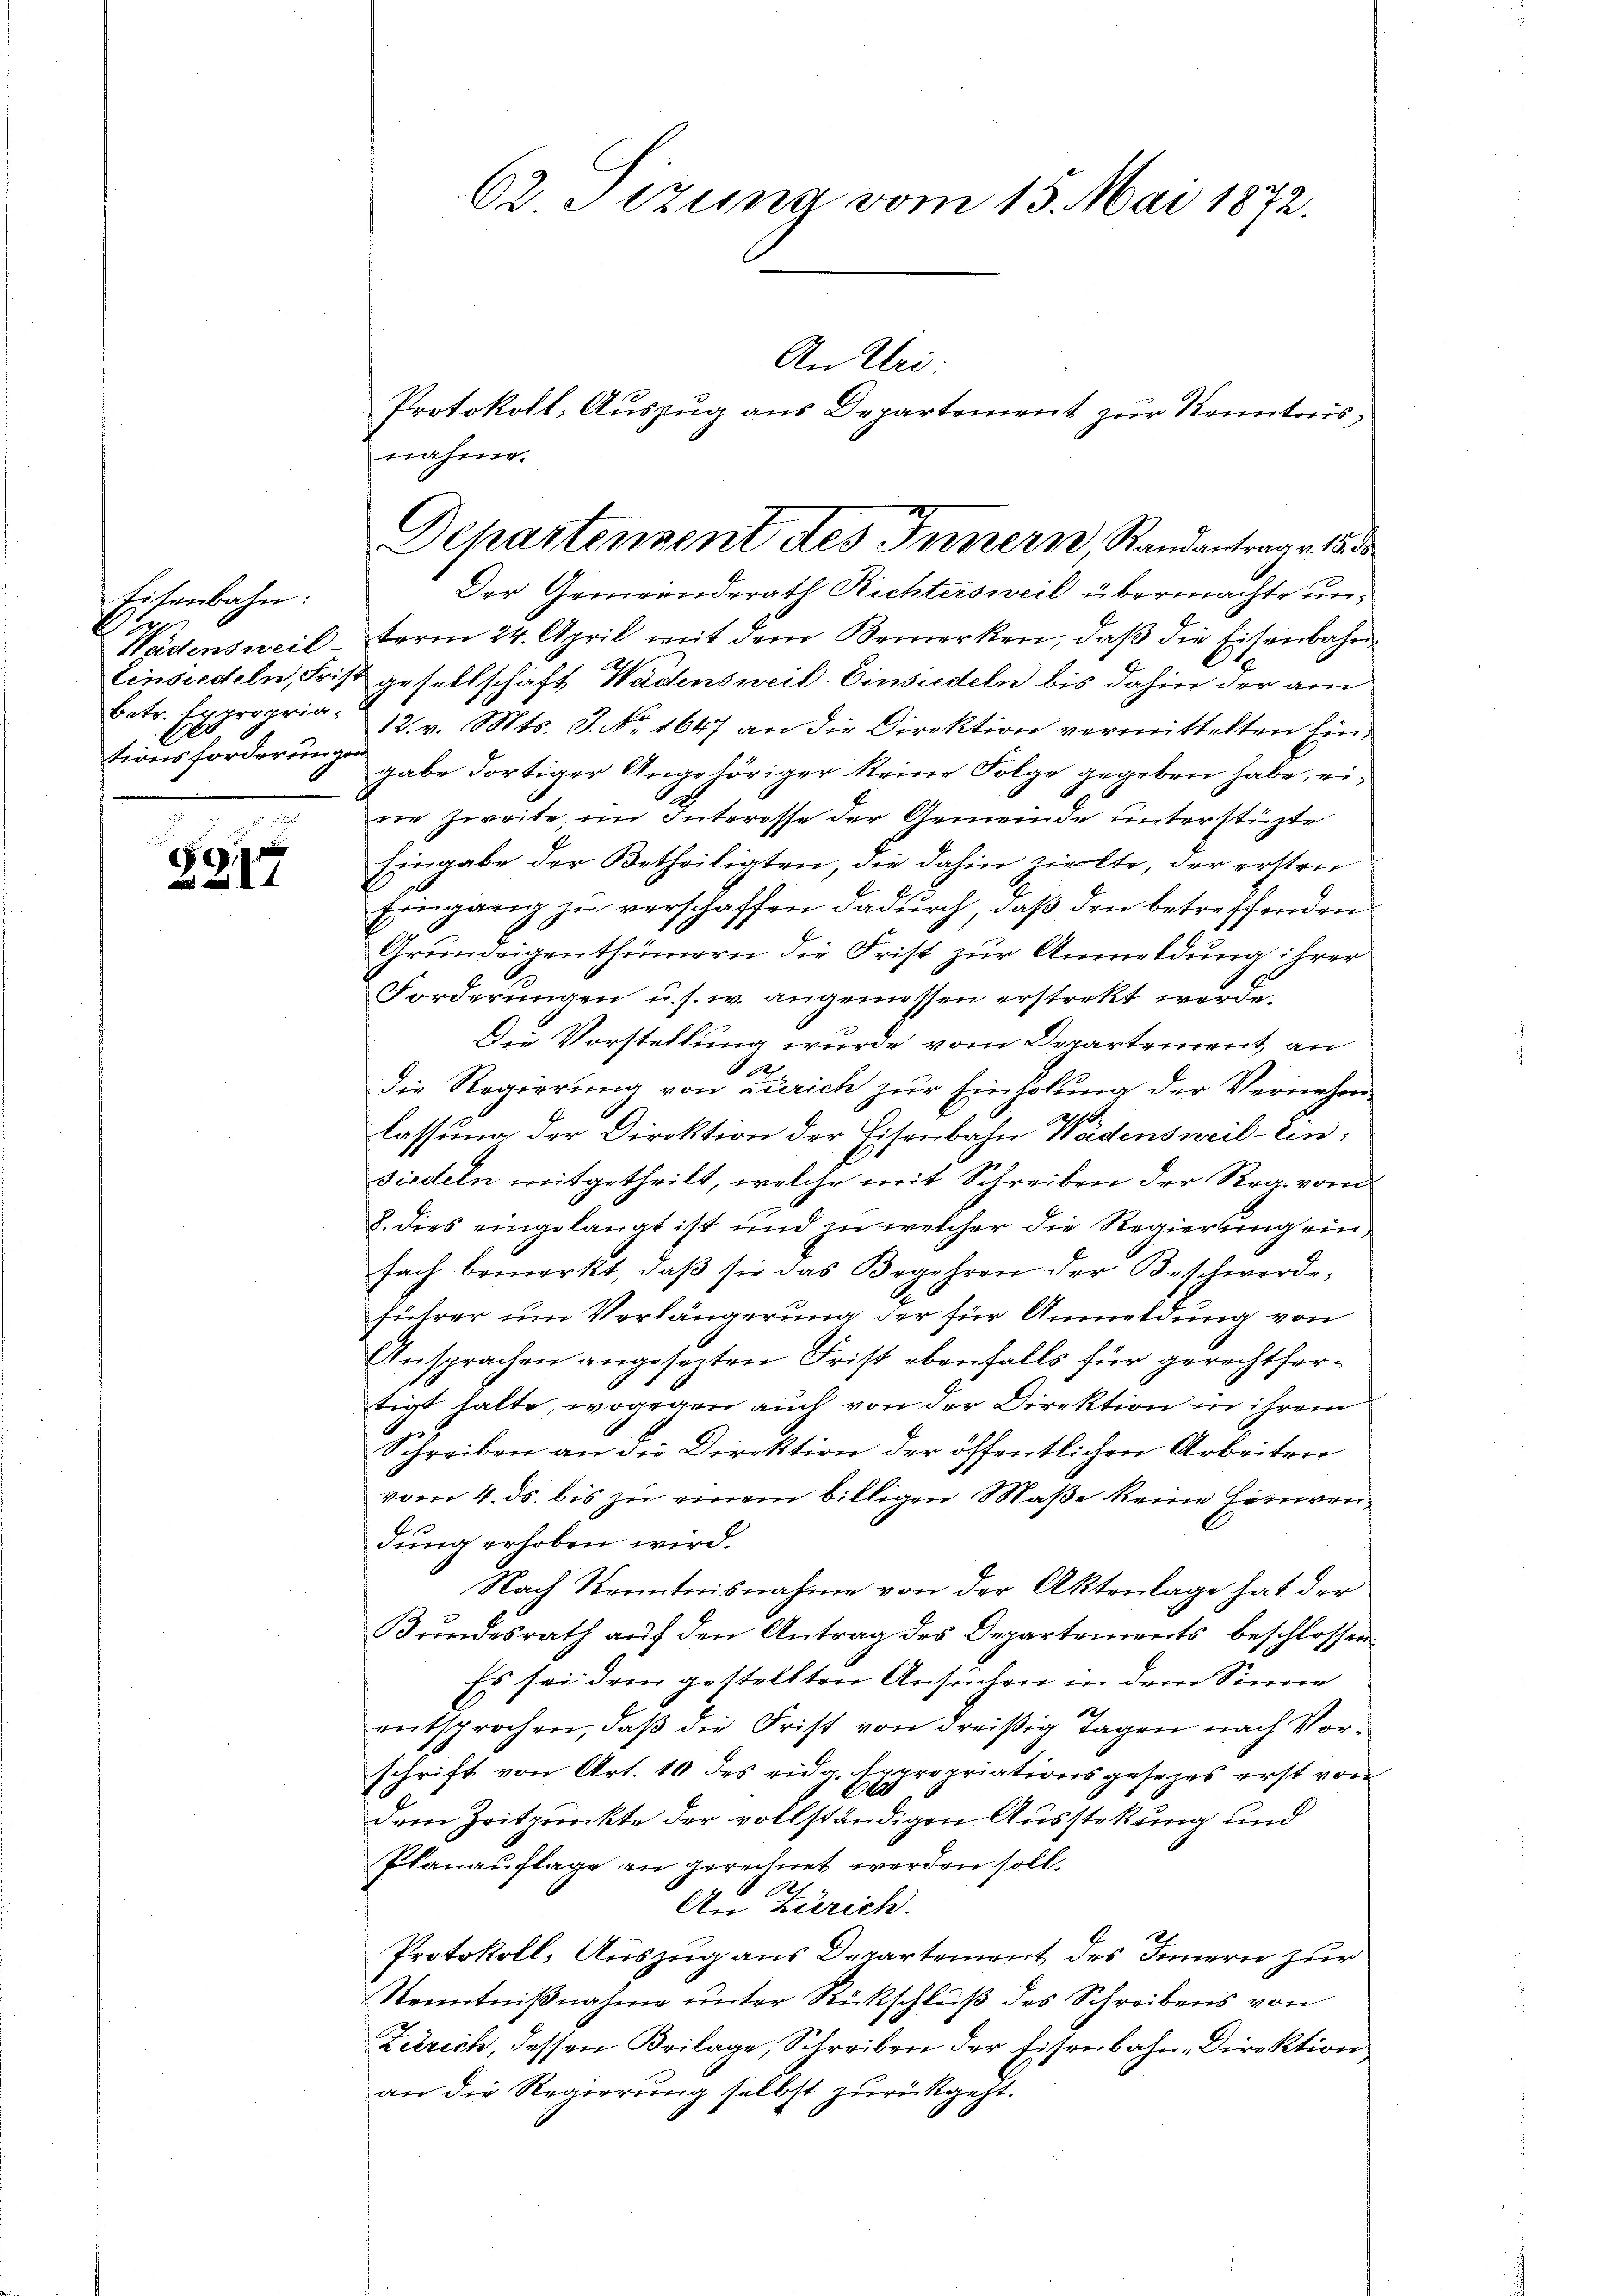
Eisenbahn.
Wädensweil
Einsiedeln, Friz
betr. Expropria¬
1
tionsforderungs

3915

nahme.

62 Sizung vom 15. Mai 1872.

Protokoll, Auszug aus Departement zur Kenntnis¬
Der Gemeinderath Richtersweil übermachte unterm 24. April mit dem Bemerken, daß die Eisenbahn
gesellschaft Wädensweil Einsiedeln bis dahin der am
12. v. Mts. J. No 1647 an die Direktion vermittelten Eingabe dortiger Angehöriger keine Folge gegeben habe, eidie Zweite, im Interesse der Gemeinde unterstüzte
Eingabe der Betheiligten, die dahin zielte, der ersten
Eingang zu verschaffen dadurch, daß den betreffenden
Grundeigenthümern die Frist zur Anmeldung ihrer
Forderungen u. s. w. angemessen erstrekt werde.
Die Vorstellung wurde vom Departement an
A
die Regierung von Zürich zur Einholung der Vernehm
16.
lassung der Direktion der Eisenbahn Wadensweil–Einsiedeln mitgetheilt, welche mit Schreiben der Reg. vom
8. dies eingelangt ist und zu welcher die Regierung einfach bemerkt, daβ sie das Begehren der Beschwerde,
führer um Verlängerung der für Anmeldung von
Ansprachen angesezten Frist ebenfalls für gerechtfertigt halte, wogegen auch von der Direktion in ihrem
Schreiben an die Direktion der öffentlichen Arbeiten
vom 4. ds. bis zu einem billigen Maße keine Hinwenbr
dung erhoben wird.
Nach Kenntnisnahme von der Aktenlage hat der
Bŭndesrath aŭf den Antrag des Departements beschlossen.
Es sei dem gestellten Ansuchen in dem Sinne
entsprochen, daß die Frist von dreißig Tagen nach Vorschrift von Art. 10 des eidg. Expropriationsgesezes erst von
A
Dem Zeitpunkte der vollständigen Ausstekung und
Planauflage an gerechnet werden soll.
Oet
An Zürich.
Protokoll- Auszug aus Departement des Innern zur
Kenntniβnahme unter Rückschluß des Schreibens von
Zürich, dessen Beilage, Schreiben der Eisenbahn-Direktion
an die Regierung selbst zurückgeht.

An Uri:

Departenvent des Innern Randantrage 15 d